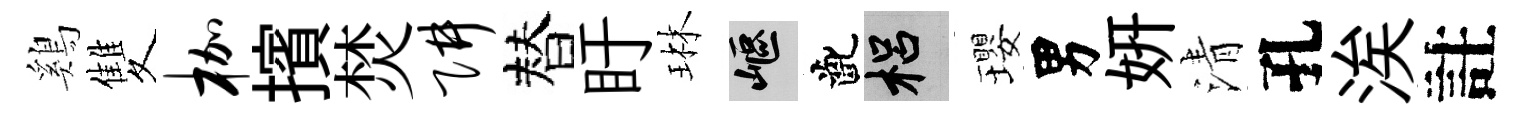
鷄雙枷擯焚阱替盱琳嶇齔梠瓔男妍清孔涘註